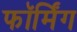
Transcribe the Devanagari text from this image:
फॉर्मिंग